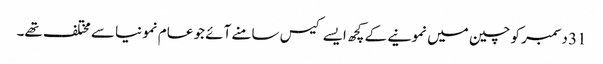
31 دسمبر کو چین میں نمونیے کے کچھ ایسے کیس سامنے آئے جو عام نمونیا سے مختلف تھے۔